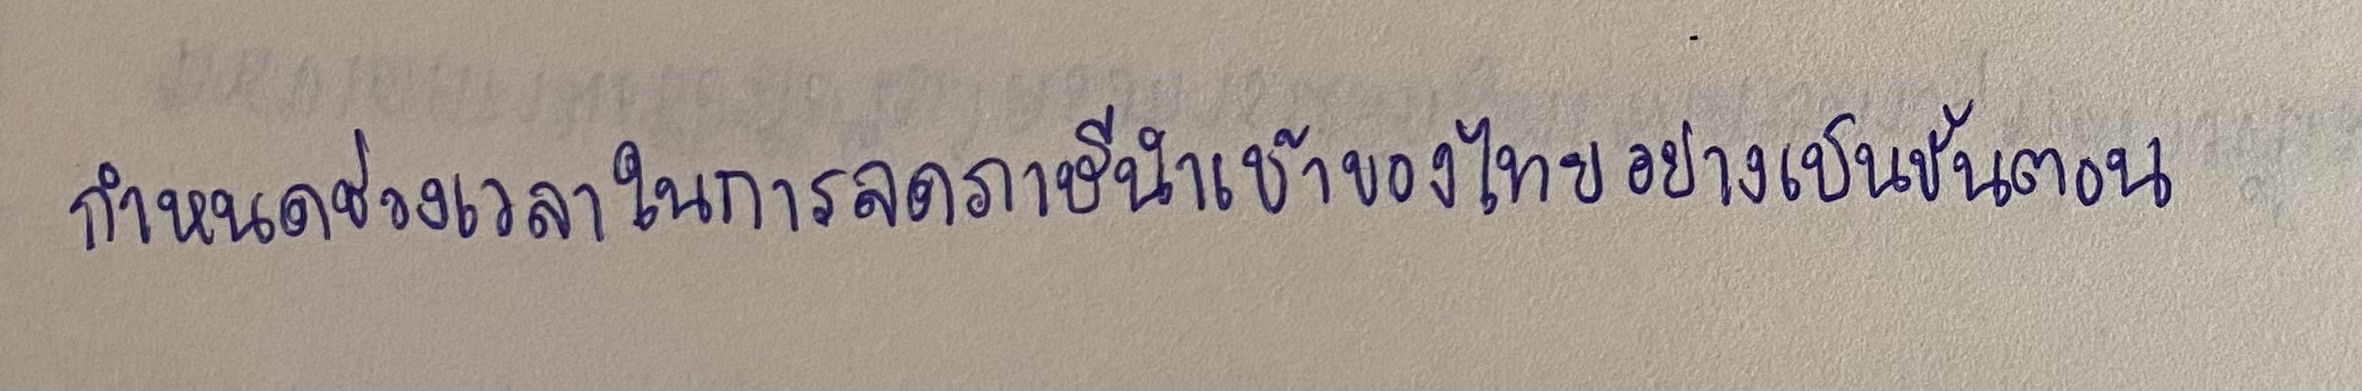
กำหนดช่วงเวลาในการลดภาษีนำเข้าของไทยอย่างเป็นขั้นตอน